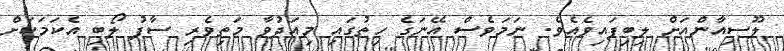
ލޫސިއާންއަށް ލިބިފައިވެއެވެ. ނަމަވެސް އޭނަގެ ހިތުގައި މިއަދުވާ މަތިވެރި ސާފު ލޯބި އެކަމަކަށް